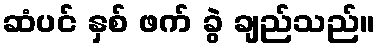
ဆံပင် နှစ် ဖက် ခွဲ ချည်သည်။